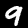
Digit: 9